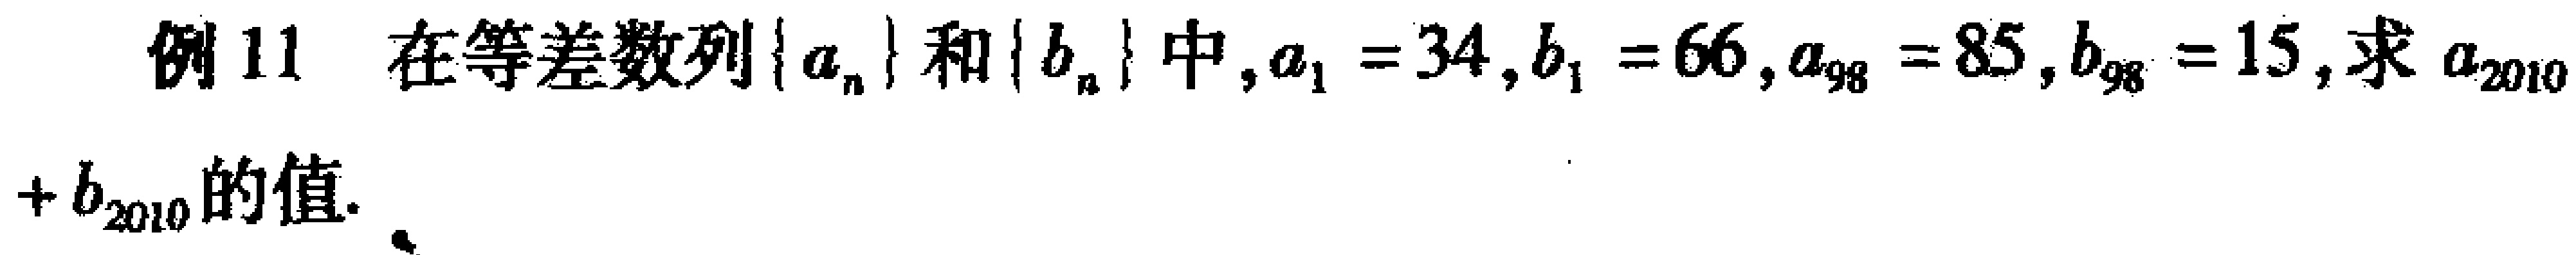
例11 在等差数列\(\{ a_{n}\}\)和\(\{ b_{n}\}\)中，\(a_{1}=34\)，\(b_{1}=66\)，\(a_{98}=85\)，\(b_{98}=15\)，求\(a_{2010}+b_{2010}\)的值.